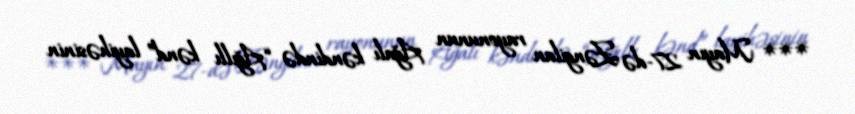
*** Mayın 27-də Zəngilan rayonunun Ağalı kəndində “Ağıllı kənd” layihəsinin